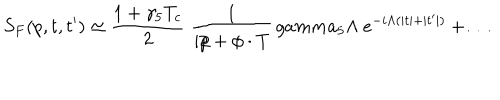
LaTeX: S _ { F } ( p , t , t ^ { \prime } ) \simeq { \frac { 1 + \gamma _ { 5 } T _ { c } } { 2 } } \ { \frac { 1 } { i p \! \! \! / + \phi \cdot T } } \, g a m m a _ { 5 } \Lambda \ e ^ { - i \Lambda ( \vert t \vert + \vert t ^ { \prime } \vert ) } + \dots